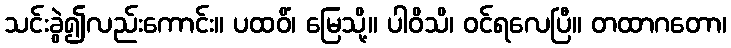
သင်းခွဲ၍လည်းကောင်း။ ပထဝိံ၊ မြေသို့။ ပါဝိသိ၊ ဝင်ရလေပြီ။ တထာဂတော၊